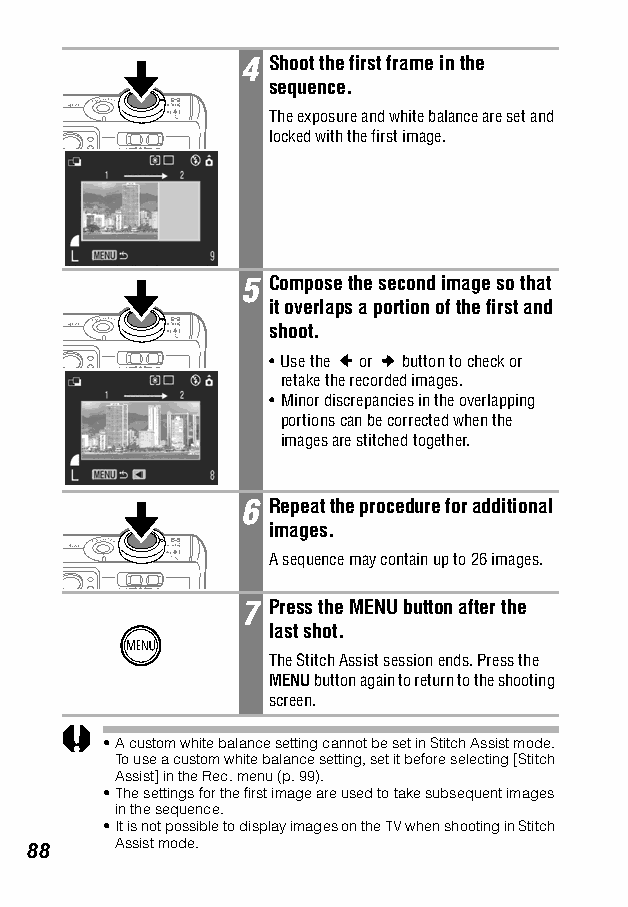
4 Shoot the first frame in the
 sequence.
 The exposure and white balance are set and
 locked with the first image.
 5 Compose the second image so that
 it overlaps a portion of the first and
 shoot.
 •Use the or button to check or
 retake the recorded images.
 •Minor discrepancies in the overlapping
 portions can be corrected when the
 images are stitched together.
 6 Repeat the procedure for additional
 images.
 A sequence may contain up to 26 images.
 7 Press the MENU button after the
 last shot.
 The Stitch Assist session ends. Press the
 MENU button again to return to the shooting
 screen.
 •A custom white balance setting cannot be set in Stitch Assist mode.
 To use a custom white balance setting, set it before selecting [Stitch
 Assist] in the Rec. menu (p. 99).
 •The settings for the first image are used to take subsequent images
 in the sequence.
 •It is not possible to display images on the TV when shooting in Stitch
 88    Assist mode.